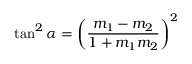
\tan ^ { 2 } \alpha = \left( { \frac { m _ { 1 } - m _ { 2 } } { 1 + m _ { 1 } m _ { 2 } } } \right) ^ { 2 }